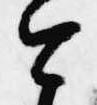
今